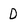
Character: D